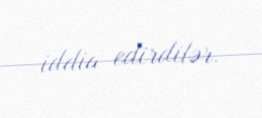
iddia edirdilər.